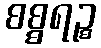
စစ္စရဉ္စ